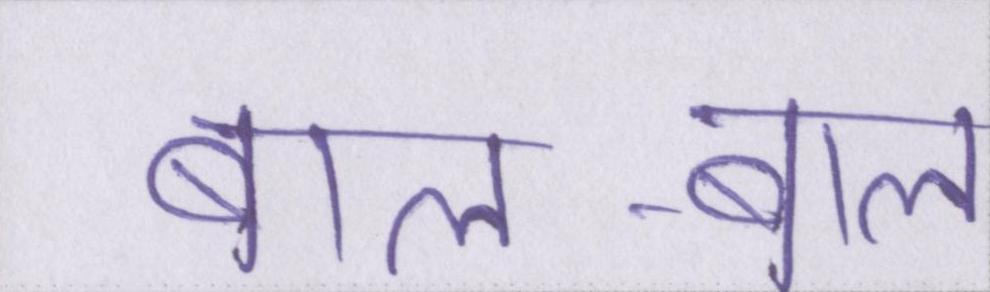
बाल-बाल